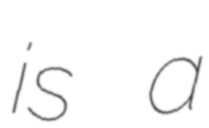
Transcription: is a